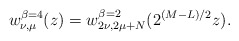
\begin{align*}w_{\nu,\mu}^{\beta=4}(z)=w_{2\nu,2\mu+N}^{\beta=2}(2^{(M-L)/2}z).\end{align*}